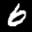
Label: 6